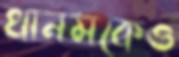
খানমকেও